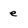
Character: e